Bréfritari: Soffía Daníelsdóttir
Viðtakandi: Jakobína Magnúsdóttir og Daníel Halldórsson
Dagsetning: A-1900-02-18
Skrifað á: Skeggjastöðum  N-Múl.
Soffía var dóttir Jakobínu og Daníels

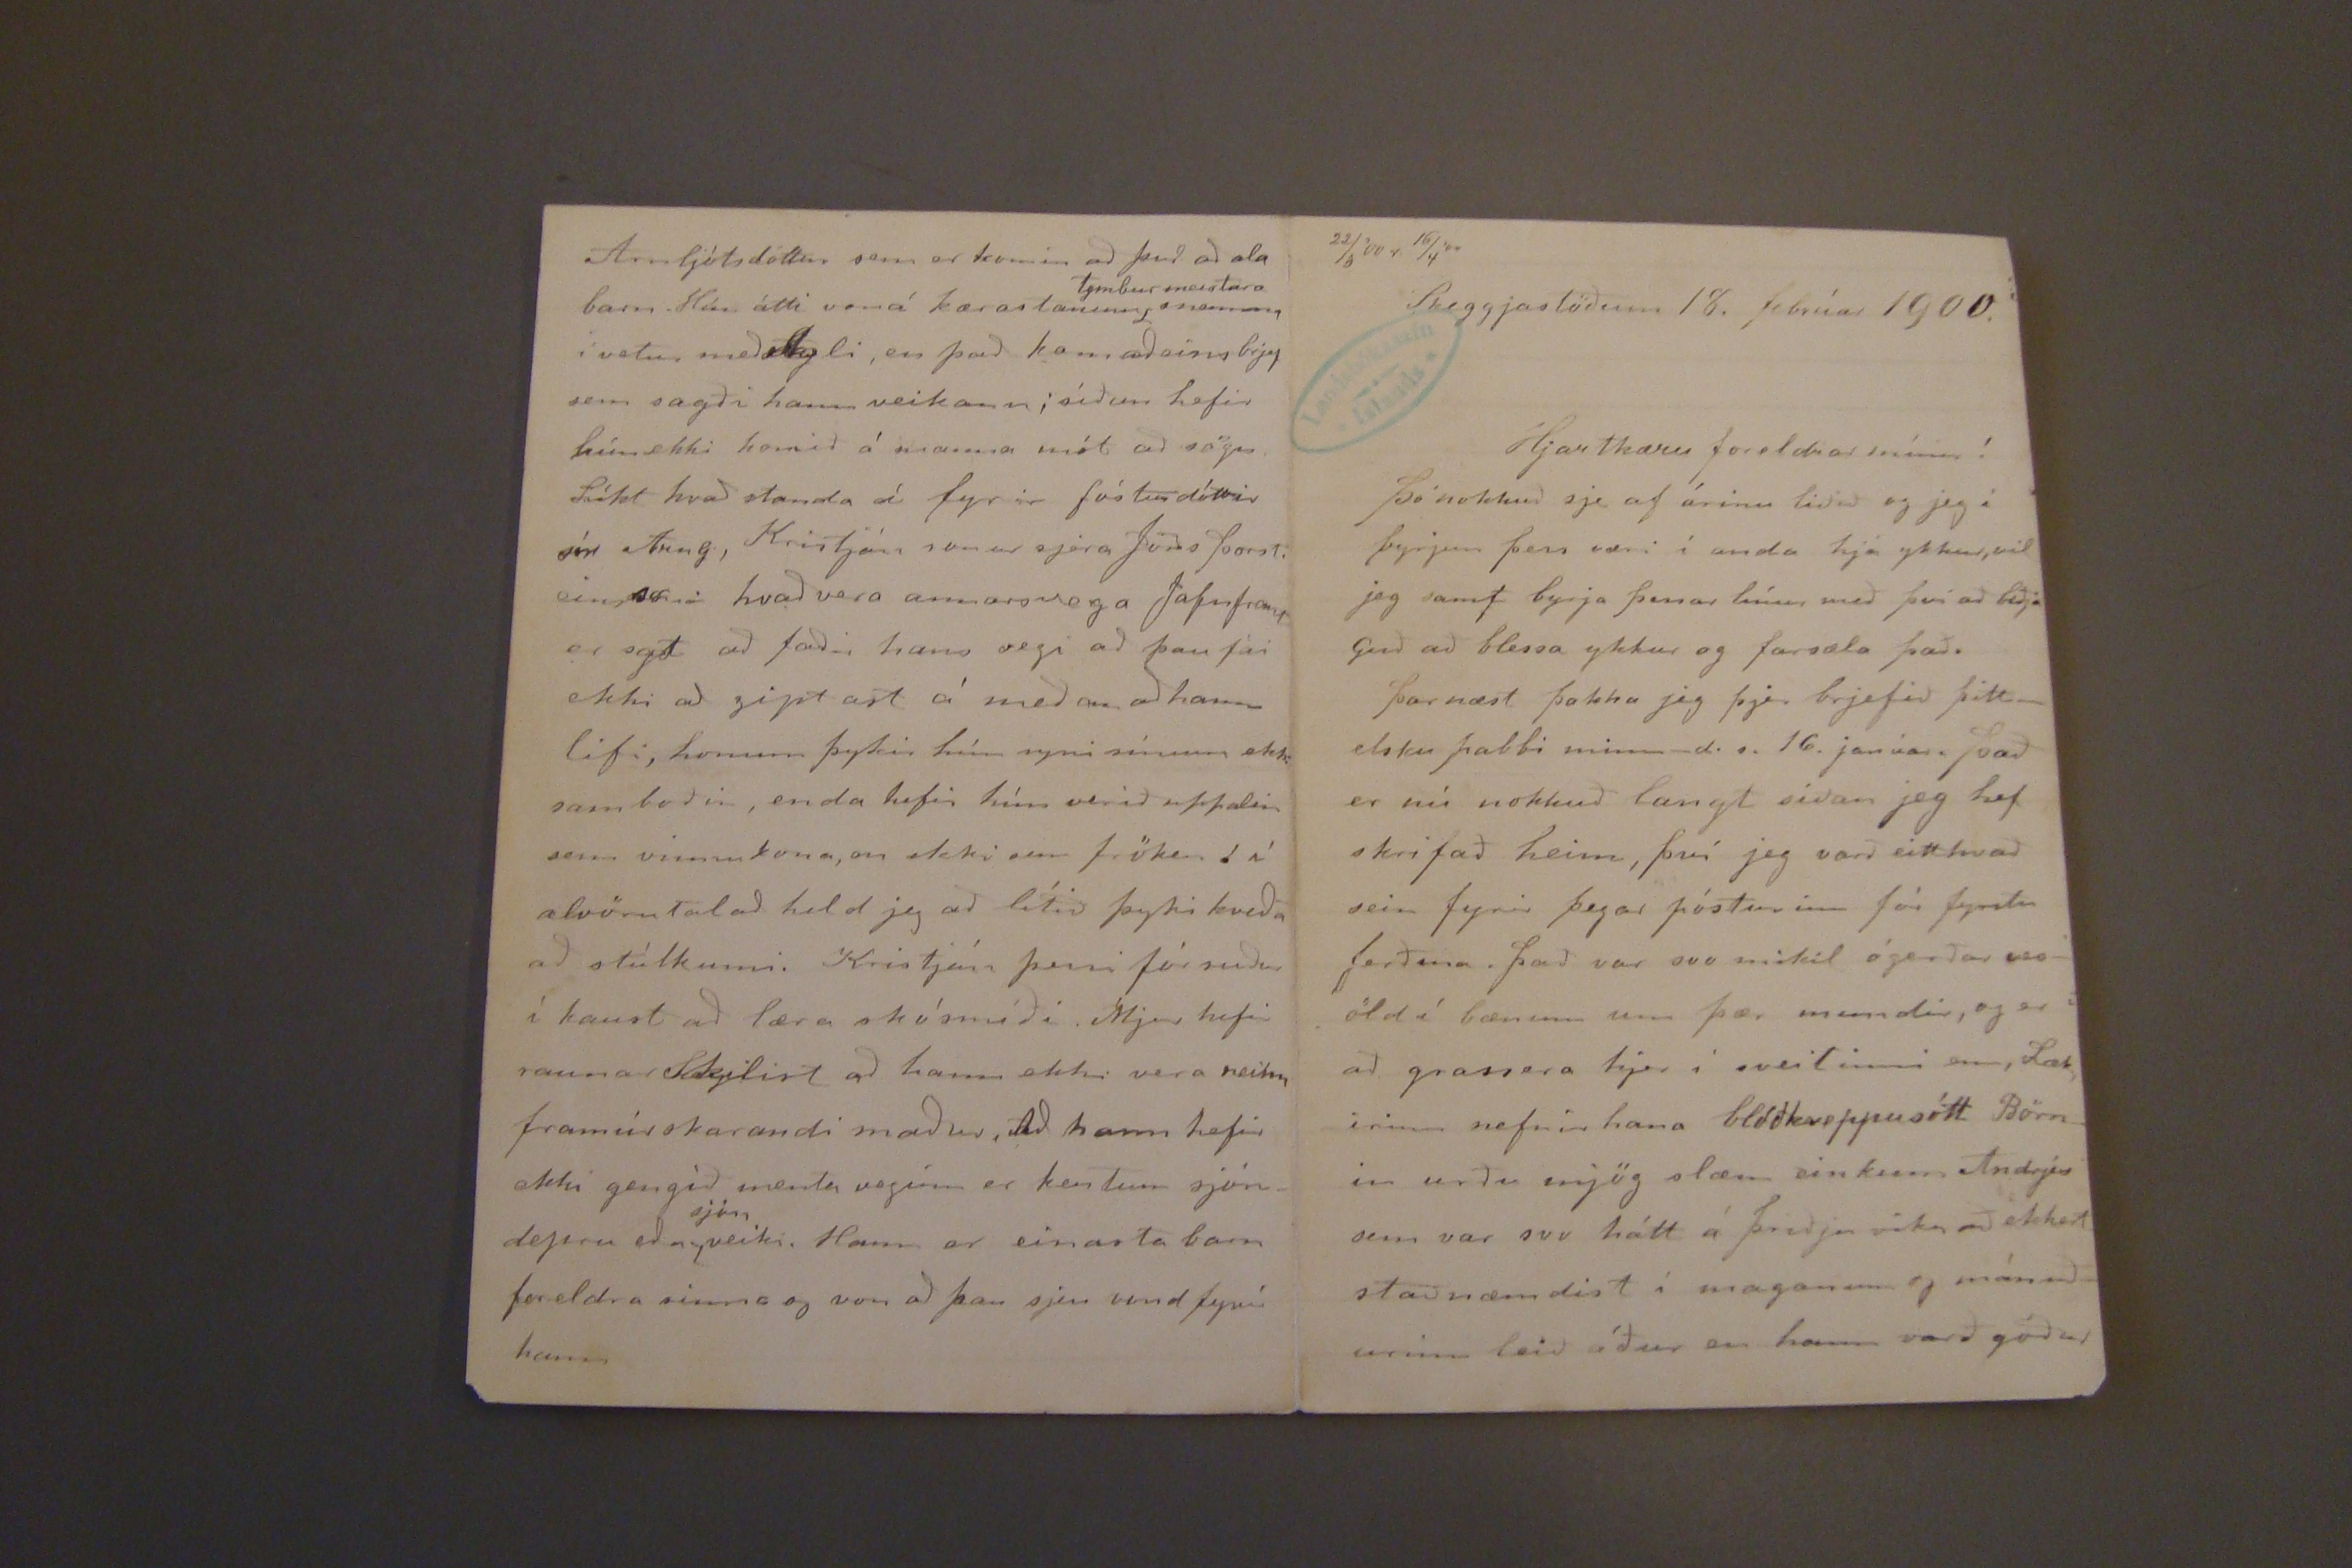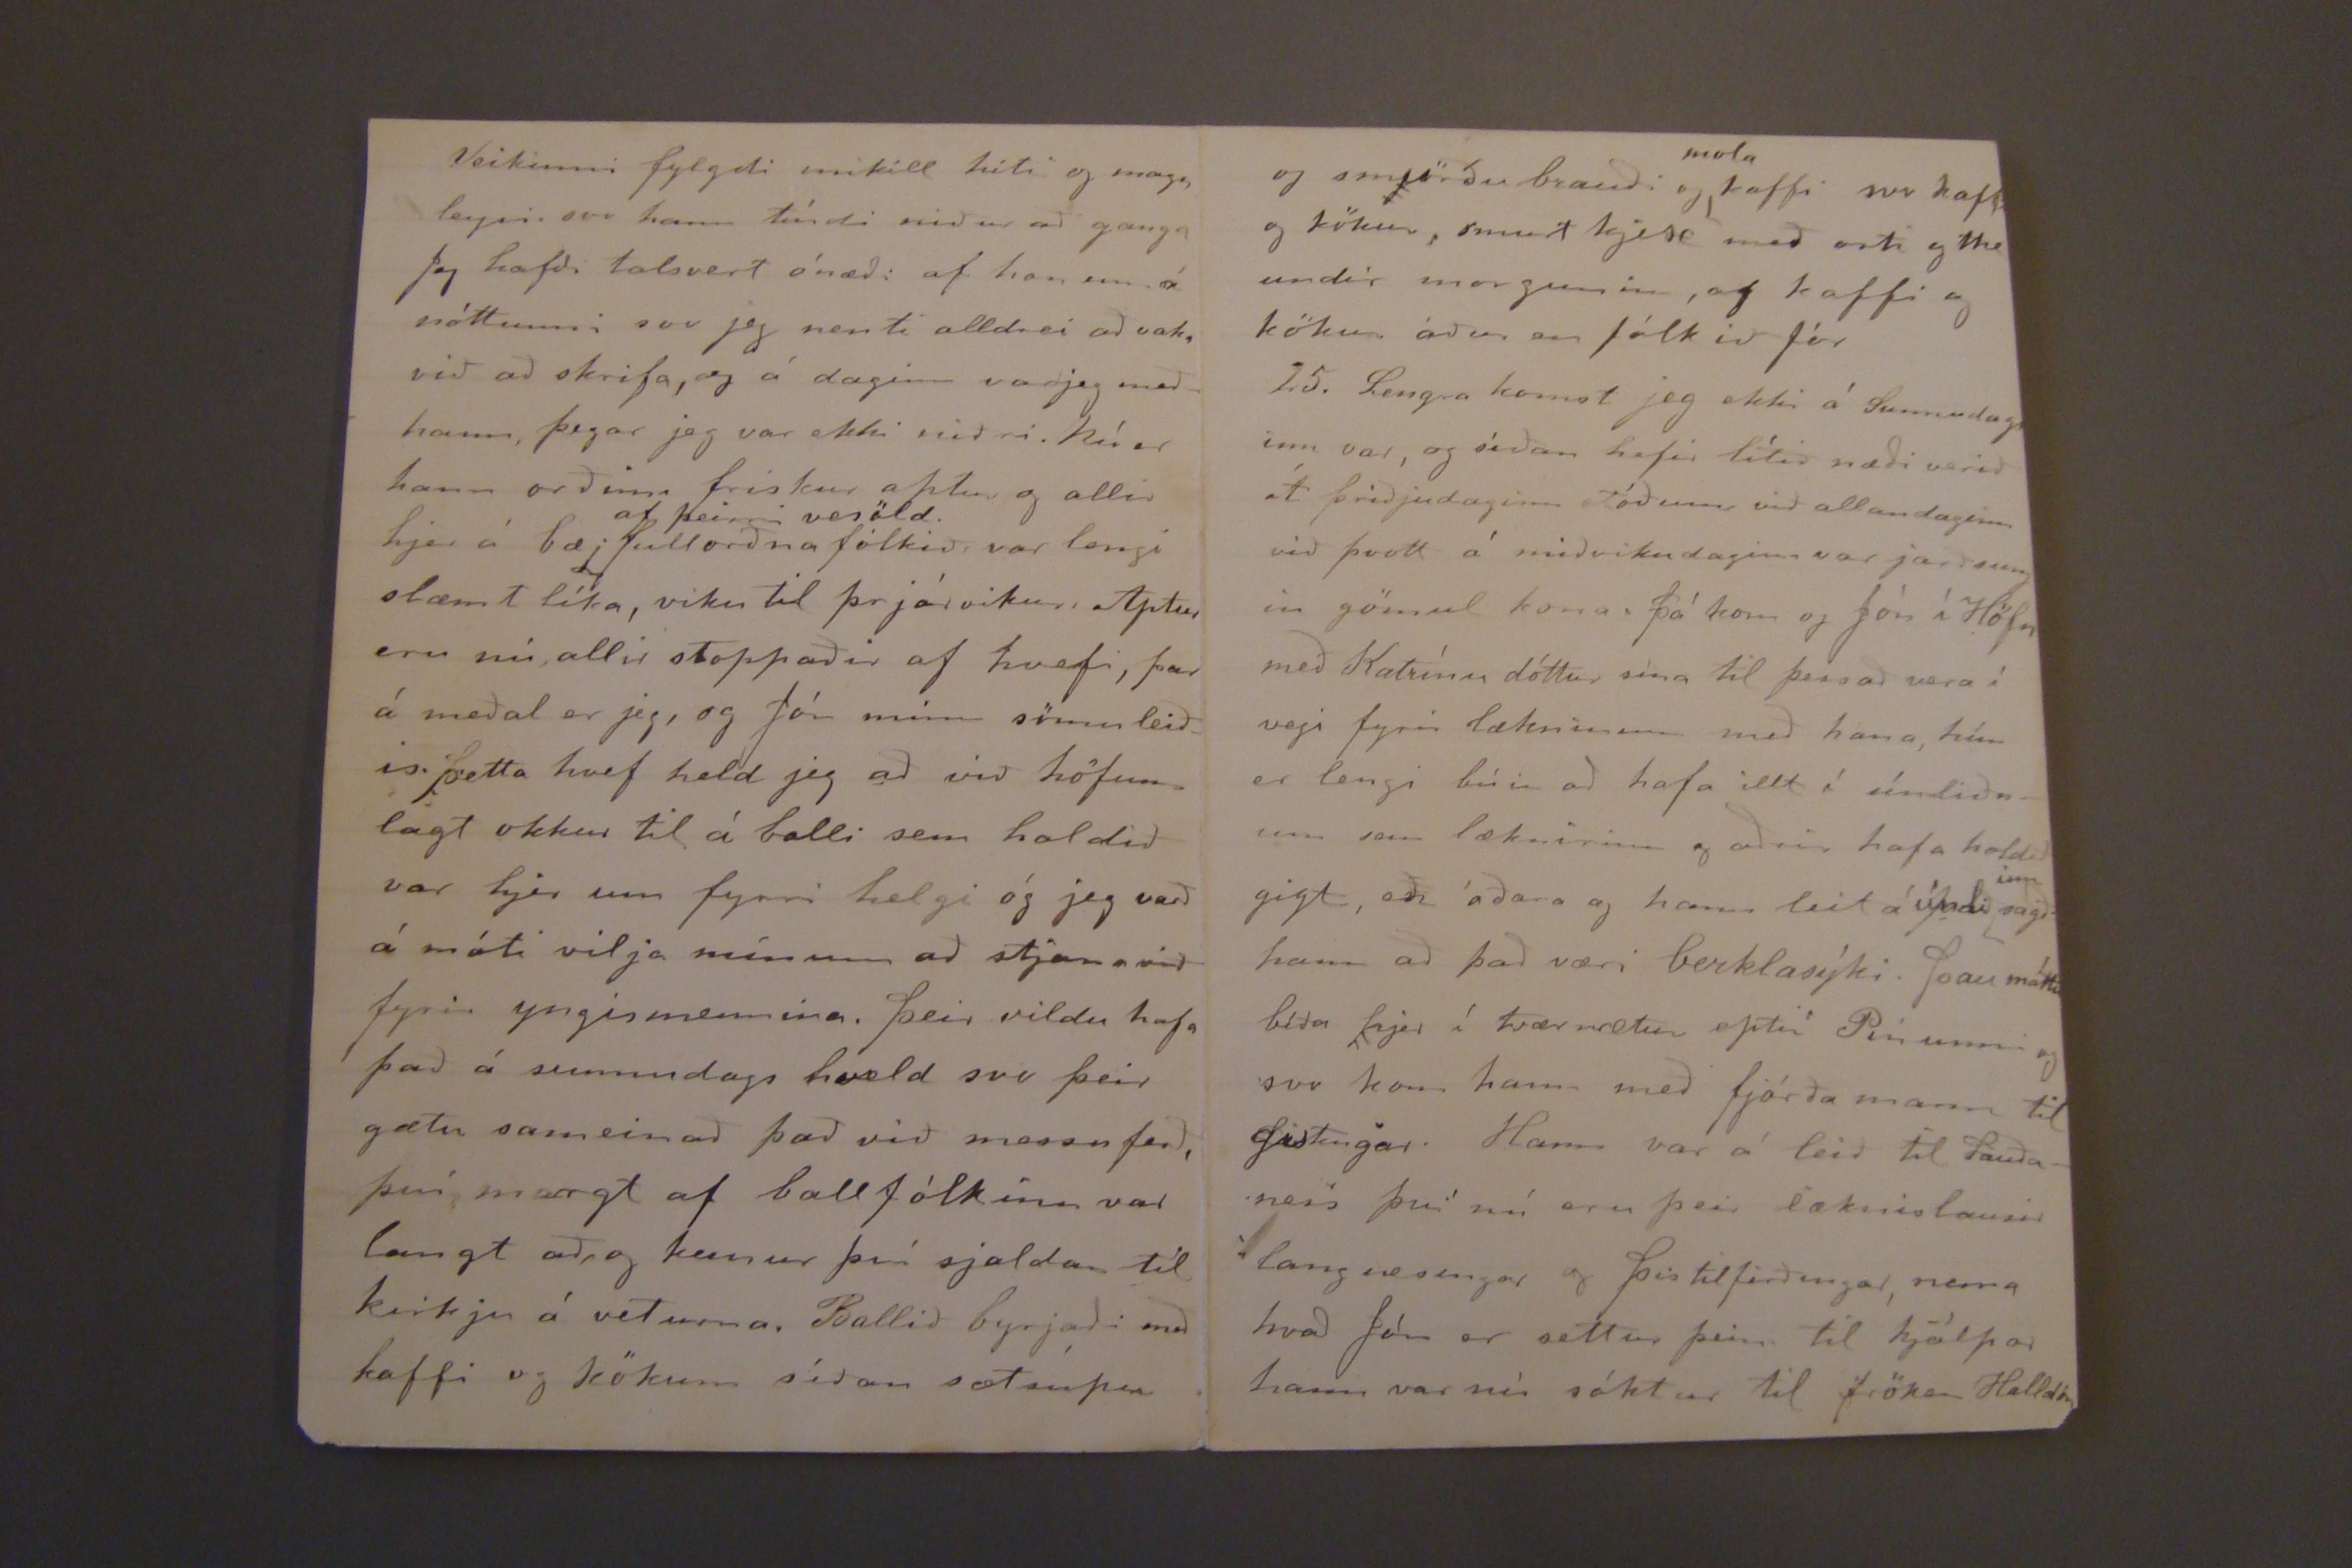

22/3 '00. 1 16/4 '00
Skeggjastöðum 18. febrúar 1900.
Hjartkæru foreldrar mínir!
þó nokkuð sje af árinu liðið og jeg í byrjun þess væri í anda hjá ykkur, vil jeg samt byrja þessar línur með því að biðja Guð að blessa ykkur og farsæla það.
þar næst þakka jeg þjer brjefið þitt -elsku pabbi minn- d.s. 16. janúarþ það er nú nokkuð langt síðan jeg hef skrifað heim, því jeg varð eitthvað sein fyrir þegar pósturinn fór fyrstu ferðina. það var svo mikil ógerðar vesöld í bænum um þær mundir, og er að grassera hjer í sveitinni enn, læknirinn nefnir hana blóðkreppusótt Börnin urðu mjög slæm einkum Andrjes sem var svo hátt á þriðju viku að ekkert staðnæmdist í maganum og mánuðurinn leið áður en hann varð góður
Veikinni fylgdi mikill hiti og maga leysi svo hann tíndi niður að ganga Jeg hafði talsvert ónæði af honum á nóttunni svo jeg nenti alldrei að vaka við að skrifa, og á daginn var jeg með hann, þegar jeg var ekki niðri. Nú er hann orðinn friskur aptur og allir hjer á bæ;
af þeirri vesöld.
fullorðna fólkið var lengi slæmt líka, viku til þrjár vikur. Aptur eru nú allir stoppaðir af hvefi, þar á meðal er jeg, og Jón minn sömu leiðis þetta hvef held jeg að við höfum lagt okkur til á balli sem haldið var hjer um fyrri helgi og jeg varð á móti vilja mínum að stjana við fyrir yngismennina, þeir vildu hafa það á sunnudags hveld svo þeir gætu sameinað það við messuferð, því margt af ballfólkinu var langt að, og kemur því sjaldan til kirkju á veturna. Ballið byrjaði með kaffi og kökum síðan
sætsúpu
Arnljótsdóttur sem er komin að því að ala barn. Hún átti voná kærastanum
tymburmeistara
senmma í vetur með Agli, en það kom aðeins brjef sem sagði hann veikann; síðan hefir hún ekki komið á manna mót að sögn líkt hvað standa á fyrir fósturdóttir sér Arng., Kristján sonur sjera Jóns þorsteinsson hvað vera annarsvega jafnframt er sagt að faðir hans segi að þau fái ekki að gipast á meðan að hann lifi, honum þykir hún syni sínum ekki samboðin, enda hefir hún verið uppalin sem vinnukona, en ekki sem fröken. í alvöru talað held jeg að lítið þyki kveða að stúlkunni. Kristján þessi fór suður í haust að læra skósmíði Mjer hefir raunar Skilist að hann ekki vera neitn; framúrskarandi maður, Að hann hefir ekki gengíð menta vegínn er kentum sjóndepru eða
sjón
veiki. Hann er einasta barn foreldra sinna og von að þau sjeu vond fyrir hann
og smörðu brauði og
mola
kaffi svo kaffi og kökur, smurt kjex með osti og the undir morgunin, og kaffi og kökur áður en fólkið fór
25. Lengra komst jeg ekki á Sunnudaginn var, og síðan hefir lítið næði verið út þriðjudaginn stóðum við allan daginn við þvott á miðvikudaginn var jarðsungin gömul kona. þá kom og Jón í Höfn með Katrínu dóttur sína til þess að vera í vegi fyrir lækninum með hana, hún er lengi búin að hafa illt í únliðnum sem læknirinn og aðrir hafa haldið gigt, en óðara og hann leit á únli(uppi/inn/) sagð hann að það væri berklasýki. þau máttu bíða hjer í tvær nætur eptir Pínunni og svo kom hann með fjórða mann til gistingar. Hann var á leið til Sauðaness því nú eru þeir læknislausir Langnesingar og þistilfirðingar, nema hvað Jón er settur þeim til hjálpar hann var nú sóktur til fröken Halldóru